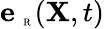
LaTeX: \textbf{e}_{\mathrm{~\tiny~R~}}({\mathbf X},t)